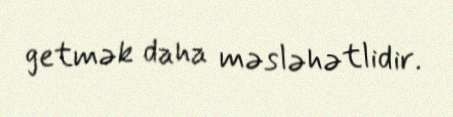
getmək daha məsləhətlidir.